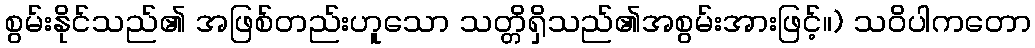
စွမ်းနိုင်သည်၏ အဖြစ်တည်းဟူသော သတ္တိရှိသည်၏အစွမ်းအားဖြင့်။) သဝိပါကတော